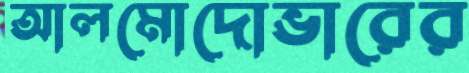
আলমোদোভারের